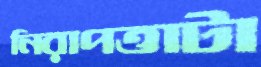
নিরাপত্তাটা